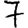
Digit: 7